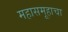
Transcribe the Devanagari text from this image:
महासमूहाचा